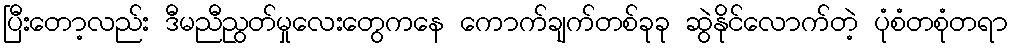
ပြီးတော့လည်း ဒီမညီညွတ်မှုလေးတွေကနေ ကောက်ချက်တစ်ခုခု ဆွဲနိုင်လောက်တဲ့ ပုံစံတစုံတရာ